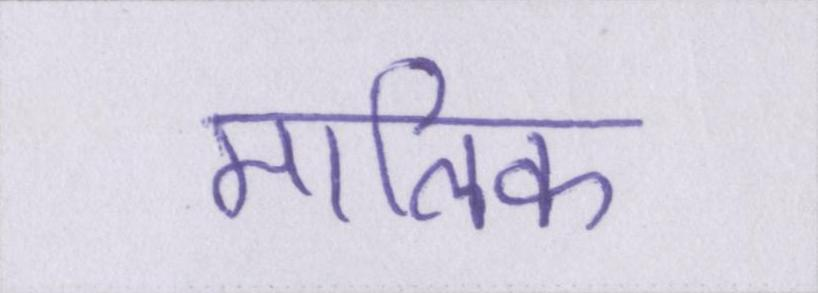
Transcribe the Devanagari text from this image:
मालिक